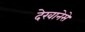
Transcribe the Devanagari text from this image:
देखानेसे